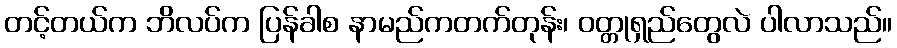
တင့်တယ်က ဘိလပ်က ပြန်ခါစ နာမည်ကတက်တုန်း၊ ဝတ္တုရှည်တွေလဲ ပါလာသည်။